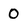
Character: 0